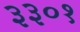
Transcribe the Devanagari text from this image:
३३०१